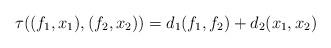
LaTeX: \begin{align*} \tau((f_1, x_1), (f_2, x_2)) = d_1(f_1, f_2) + d_2(x_1, x_2)\end{align*}